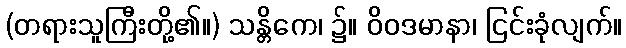
(တရားသူကြီးတို့၏။) သန္တိကေ၊ ၌။ ဝိဝဒမာနာ၊ ငြင်းခုံလျက်။